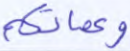
وعماتكم